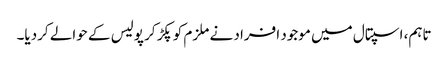
تاہم، اسپتال میں موجود افراد نے ملزم کوپکڑ کر پولیس کے حوالے کردیا۔